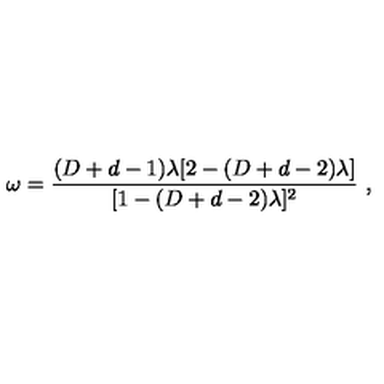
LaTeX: \omega = { \frac { ( D + d - 1 ) \lambda [ 2 - ( D + d - 2 ) \lambda ] } { [ 1 - ( D + d - 2 ) \lambda ] ^ { 2 } } } \ ,